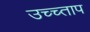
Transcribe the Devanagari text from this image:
उच्च्ताप